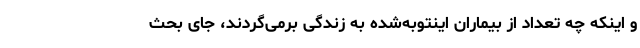
و اینکه چه تعداد از بیماران اینتوبه‌شده به زندگی برمی‌گردند، جای بحث